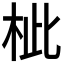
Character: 𣐑